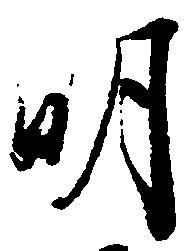
明